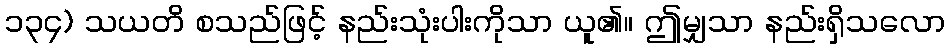
၁၃၄) သယတိ စသည်ဖြင့် နည်းသုံးပါးကိုသာ ယူ၏။ ဤမျှသာ နည်းရှိသလော